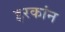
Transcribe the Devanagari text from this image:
इरकांन